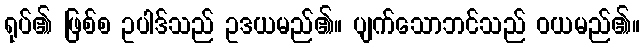
ရုပ်၏ ဖြစ်စ ဥပါဒ်သည် ဥဒယမည်၏။ ပျက်သောဘင်သည် ဝယမည်၏။